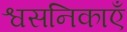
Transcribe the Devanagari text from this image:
श्वसनिकाएँ